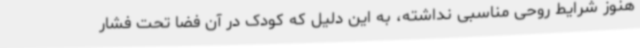
هنوز شرایط روحی مناسبی نداشته، به این دلیل که کودک در آن فضا تحت فشار